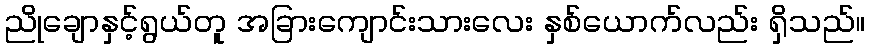
ညိုချောနှင့်ရွယ်တူ အခြားကျောင်းသားလေး နှစ်ယောက်လည်း ရှိသည်။